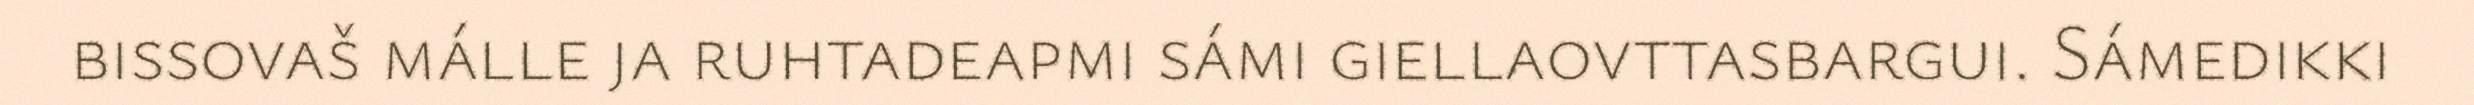
bissovaš málle ja ruhtadeapmi sámi giellaovttasbargui. Sámedikki